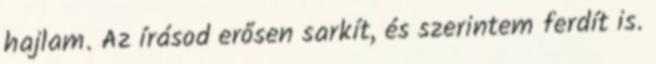
hajlam. Az írásod erősen sarkít, és szerintem ferdít is.